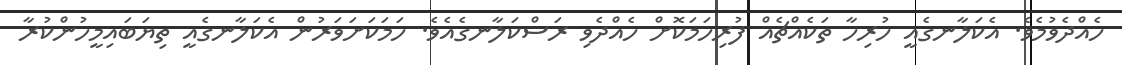
ހެއްދެވުމެވެ. އެކަލާނގެއީ ހުރިހާ ތަކެއްޗެއް ފުރިހަމަކޮށް ހެއްދެވި ރަސްކަލާނގެއެވެ. ހަމަކަށަވަރުން އެކަލާނގެއީ ތިޔަބައިމީހުންކުރާ